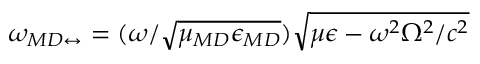
\omega _ { { \/ { M D } } \leftrightarrow } = ( \omega / \sqrt { \mu _ { \/ { M D } } \epsilon _ { \/ { M D } } } ) \sqrt { \mu \epsilon - \omega ^ { 2 } \Omega ^ { 2 } / c ^ { 2 } }